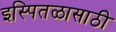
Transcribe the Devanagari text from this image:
इस्पितळासाठी